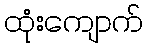
ထုံးကျောက်